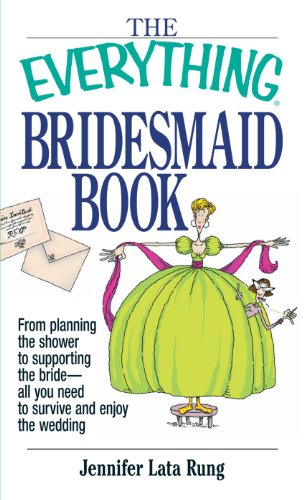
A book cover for The Everything Bridesmaid Book: From Planning the Shower to Supporting the Bride, All You Need to Survive and Enjoy the Wedding; Jennifer Lata Rung; Crafts, Hobbies & Home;